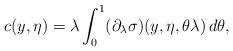
LaTeX: \begin{align*}c(y,\eta) = \lambda\int_0^1 (\partial_{\lambda}\sigma)(y,\eta,\theta\lambda)\,d\theta,\end{align*}